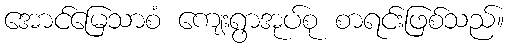
အောင်မြေသာစံ ကျေးရွာအုပ်စု စာရင်းဖြစ်သည်။